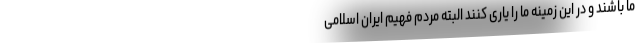
ما باشند و در این زمینه ما را یاری کنند البته مردم فهیم ایران اسلامی